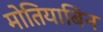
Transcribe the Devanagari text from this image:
मोतियाबिन